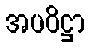
အပဝိဋ္ဌာ